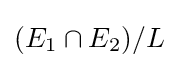
(E_{1}\cap E_{2})/L